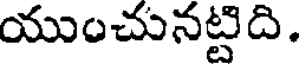
యుంచునట్టిది.